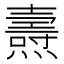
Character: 燾